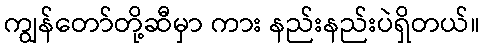
ကျွန်တော်တို့ဆီမှာ ကား နည်းနည်းပဲရှိတယ်။